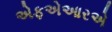
એફએઆરએ